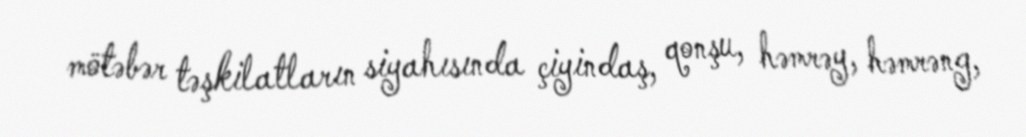
mötəbər təşkilatların siyahısında çiyindaş, qonşu, həmrəy, həmrəng,